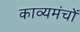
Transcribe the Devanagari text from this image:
काव्यमंचों